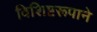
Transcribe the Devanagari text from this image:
विशिष्टरूपाने